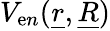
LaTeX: V_{\mathrm{e}n}(\underline{{{r}}},\underline{{{R}}})